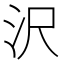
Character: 沢